Vaccination in Burma 1900-1911 - 1900-1911
Year: 1900
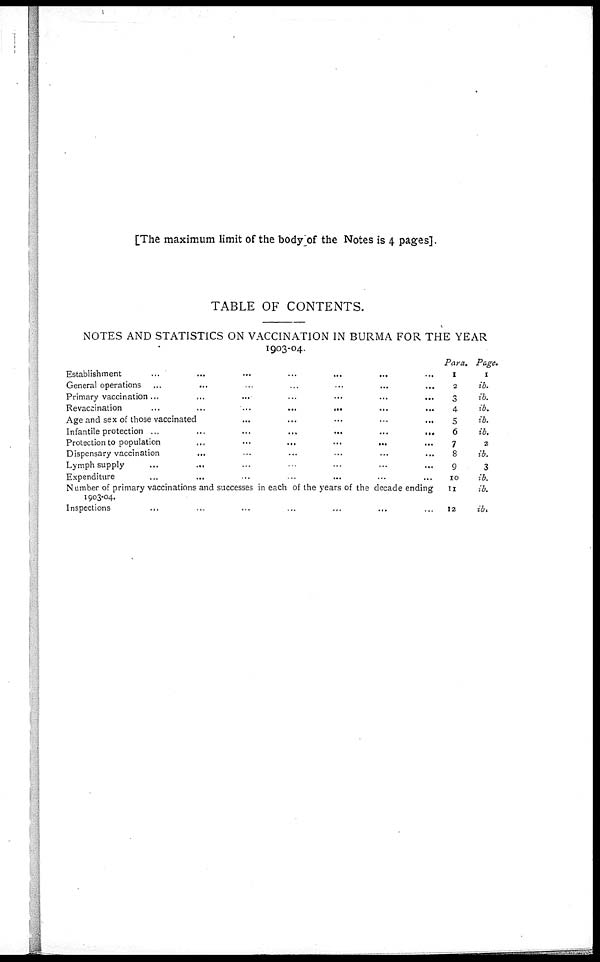
[The maximum limit of the body of the Notes is 4 pages].
TABLE OF CONTENTS.
NOTES AND STATISTICS ON VACCINATION IN BURMA FOR THE YEAR
1903-04.
Establishment
...
...
...
...
...
...
...
General operations
...
...
...
...
...
...
...
Primary vaccination
...
...
...
...
...
...
...
Revaccination
...
...
...
...
...
...
...
Age and sex of those vaccinated
...
...
...
...
...
...
...
Infantile protection
...
...
...
...
...
...
...
Protection to population
...
...
...
...
...
...
...
Dispensary vaccination ... ... ... ... ... ... ...
Lymph supply ... ... ... ... ... ... ...
Expenditure ... ... ... ... ... ... ...
Number of primary vaccinations and successes in each of the years of the decade ending
1903-04.
Inspections ... ... ... ... ... ... ...
Para.
1
2
3
4
5
6
7
8
9
10
11
12
Page.
1
ib.
ib.
ib.
ib.
ib.
2
ib.
3
ib.
ib.
ib.